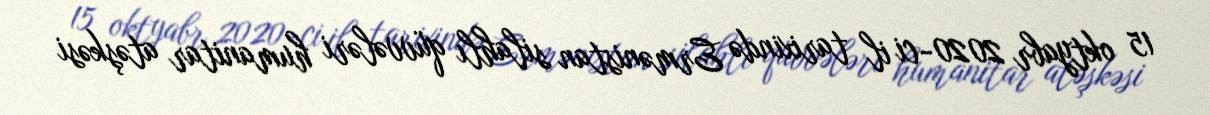
15 oktyabr 2020-ci il tarixində Ermənistan silahlı qüvvələri humanitar atəşkəsi